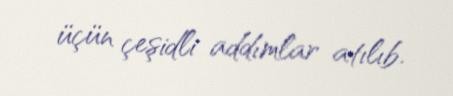
üçün çeşidli addımlar atılıb.